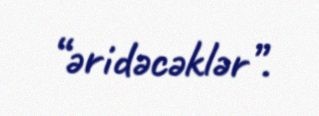
“əridəcəklər”.